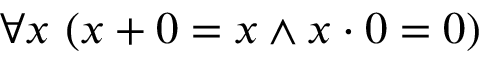
\forall x \ ( x + 0 = x \land x \cdot 0 = 0 )